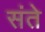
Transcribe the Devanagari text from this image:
संते